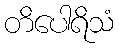
တိပေါရိသံ